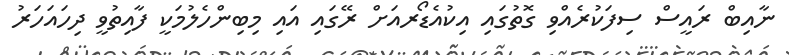
ނާއިބް ރައީސް ސިފަކުރެއްވި ގޮތުގައި އިކުއެޑޯރއަށް ރޭގައި އައި މިބިންހެލުމަކީ ފާއިތުވީ ދިހައަހަރު